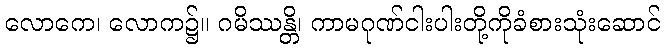
လောကေ၊ လောက၌။ ဂမိဿန္တိ၊ ကာမဂုဏ်ငါးပါးတို့ကိုခံစားသုံးဆောင်